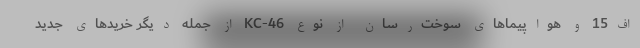
اف15 و هواپیماهای سوخت‌رسان از نوع KC-46 از جمله دیگر خریدهای جدید